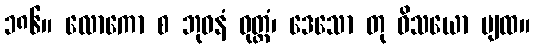
၁၈၆။ လောကော စ ဘုဝနံ ဝုတ္တံ၊ ဒေသော တု ဝိသယော ပျထ။